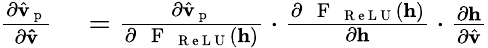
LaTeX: \begin{array}{rl}{\frac{\partial\hat{\mathbf{v}}_{\mathrm{~p~}}}{\partial\mathbf{\hat{v}}}}&{{}=\frac{\partial\hat{\mathbf{v}}_{\mathrm{~p~}}}{\partial\mathrm{~\textbf~{~F~}~}_{\mathrm{~R~e~L~U~}}(\mathbf{h})}\cdot\frac{\partial\mathrm{~\textbf~{~F~}~}_{\mathrm{~R~e~L~U~}}(\mathbf{h})}{\partial\mathbf{h}}\cdot\frac{\partial\mathbf{h}}{\partial\hat{\mathbf{v}}}}\end{array}